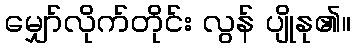
မျှော်လိုက်တိုင်း လွန် ပျိုနု၏။